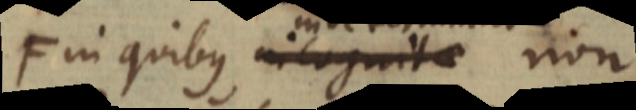
F in quibus in cognite non